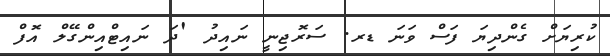
ކުރިޔަށް ގެންދިޔަ ފަސް ވަނަ ޑރ. ސަރޮޖިނީ ނައިދު 'ދަ ނައިޓްއިންގޭލް އޮފް